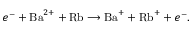
e ^ { - } + \mathrm { B a } ^ { 2 + } + \mathrm { R b } \longrightarrow \mathrm { B a } ^ { + } + \mathrm { R b } ^ { + } + e ^ { - } .